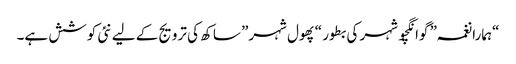
“ہمارا نغمہ” گوانگچو شہر کی بطور “پھول شہر” ساکھ کی ترویج کے لیے نئی کوشش ہے۔